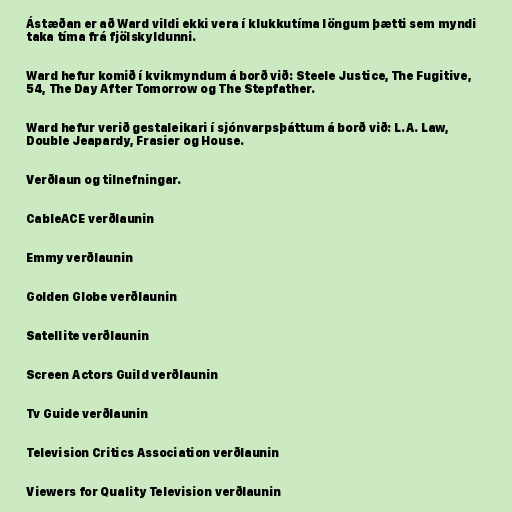
Ástæðan er að Ward vildi ekki vera í klukkutíma löngum þætti sem myndi
taka tíma frá fjölskyldunni.

Ward hefur komið í kvikmyndum á borð við: Steele Justice, The Fugitive,
54, The Day After Tomorrow og The Stepfather.

Ward hefur verið gestaleikari í sjónvarpsþáttum á borð við: L.A. Law,
Double Jeapardy, Frasier og House.

Verðlaun og tilnefningar.

CableACE verðlaunin

Emmy verðlaunin

Golden Globe verðlaunin

Satellite verðlaunin

Screen Actors Guild verðlaunin

Tv Guide verðlaunin

Television Critics Association verðlaunin

Viewers for Quality Television verðlaunin